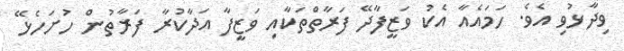
ވިދާޅުވި އެވެ. ހަމައެއާ އެކު ވަޒީފާދޭ ފަރާތްތަކާއި ވަޒީފާ އަދާކުރާ ފަރާތުން ހުށަހެޅޭ